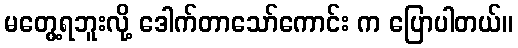
မတွေ့ရဘူးလို့ ဒေါက်တာသော်ကောင်း က ပြောပါတယ်။